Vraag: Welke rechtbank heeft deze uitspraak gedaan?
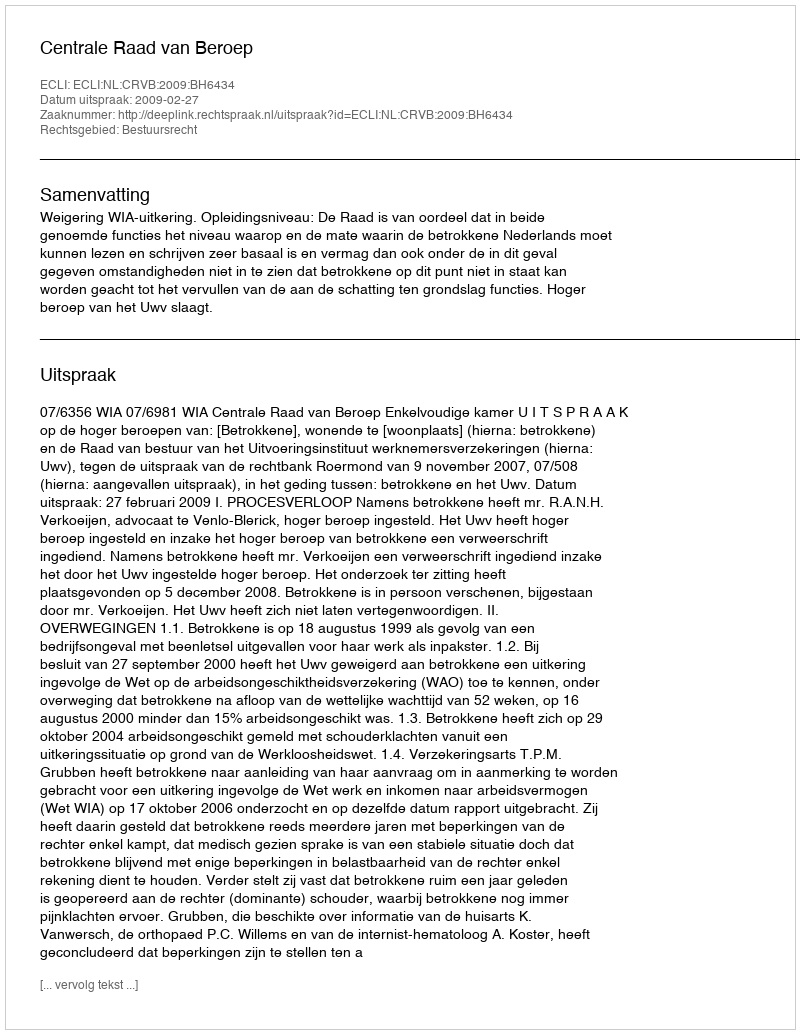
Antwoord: Centrale Raad van Beroep